Report of the Indian Hemp Drugs Commission, 1894-1895 - Volume VI
Year: 1894
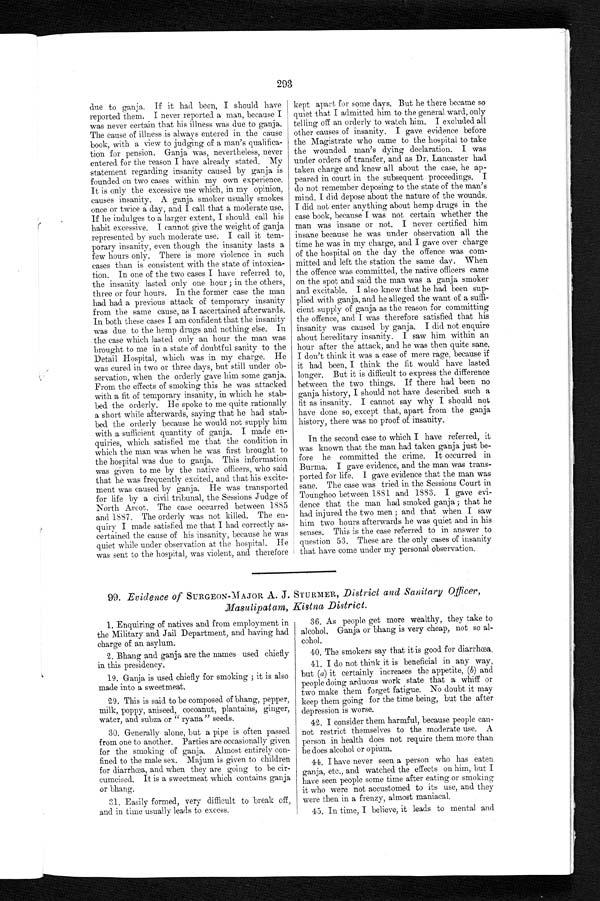
293
due to ganja. If it had been, I should have
reported them. I never reported a man, because I
was never certain that his illness was due to ganja.
The cause of illness is always entered in the cause
book, with a view to judging of a man's qualifica
- t i o n f o r p e n s i o n . G a n j a w a s , n e v e r t h e l e s s , n e v e r
entered for the reason I have already stated. My
statement regarding insanity caused by ganja is
founded on two cases within my own experience.
It is only the excessive use which, in my opinion,
causes insanity. A ganja smoker usually smokes
once or twice a day, and I call that a moderate use.
If he indulges to a larger extent, I should call his
habit excessive. I cannot give the weight of ganja
represented by such moderate use. I call it tem-
porary insanity, even though the insanity lasts a
few hours only. There is more violence in such
cases than is consistent with the state of intoxica-
-tion. In one of the two cases I have referred to,
the insanity lasted only one hour; in the others,
three or four hours. In the former case the man
had had a previous attack of temporary insanity
from the same cause, as I ascertained afterwards.
In both these cases I am confident that the insanity
was due to the hemp drugs and nothing else. In
the case which lasted only an hour the man was
brought to me in a state of doubtful sanity to the
Detail Hospital, which was in my charge. He
was cured in two or three days, but still under ob
-servation, when the orderly gave him some ganja.
From the effects of smoking this he was attacked
with a fit of temporary insanity, in which he stab
-bed the orderly. He spoke to me quite rationally
a short while afterwards, saying that he had stab--
bed the orderly because he would not supply him
with a sufficient quantity of ganja. I made en-
-quiries, which satisfied me that the condition in
which the man was when he was first brought to
the hospital was due to ganja. This information
was given to me by the native officers, who said
that he was frequently excited, and that his excite--
ment was caused by ganja. He was transported
for life by a civil tribunal, the Sessions Judge of
North Arcot. The case occurred between 1885
and 1887. The orderly was not killed. The en--
quiry I made satisfied me that I had correctly as--
certained the cause of his insanity, because he was
quiet while under observation at the hospital. He
was sent to the hospital, was violent, and therefore
kept apart for some days. But he there became so
quie a admitted him to the general wars, only
telling off an orderly to watch him. I excluded all
other causes of insanity. I gave evidence before
the Magistrate who came to the hospital to take
the wounded man's dying declaration. I was
under orders of transfer, and as Dr. Lancaster had
taken charge and knew all about the case, he ap--
peared in court in the subsequent proceedings. I
do not remember deposing to the state of the man's
mind. I did depose about the nature of the wounds.
I d i d n o t e n t e r a n y t h i n g a b o u t t h e h e m p d r u g s i n t h e c a s e b o o k , b e c a u s e I w a s n o t c e r t a i n w h e t h e r t h e
man was insane or not. I never certified him
insane because he was under observation all the
time he was in my charge, and I gave over charge
of the hospital on the day the offence was com
- m i t t e d a n d l e f t t h e s t a t i o n t h e s a m e d a y . W h e n
the offence was committed, the native officers came
on the spot and said the man was a ganja smoker
and excitable. I also knew that he had been sup--
plied with ganja, and he alleged the want of a suffi--
cient supply of ganja as the reason for committing
the offence, and I was therefore satisfied that his
insanity was caused by ganja. I did not enquire
about hereditary insanity. I saw him within an
hour after the attack, and he was then quite sane.
I don't think it was a case of mere rage, because if
it had been, I think the fit would have lasted
longer. But it is difficult to express the difference
between the two things. If there had been no
ganja history, I should not have described such a
fit as insanity. I cannot say why I should not
have done so, except that, apart from the ganja
history, there was no proof of insanity.
In the second case to which I have referred, it
was known that the man had taken ganja just be
-fore he committed the crime. It occurred in
Burma. I gave evidence, and the man was trans--
ported for life. I gave evidence that the man was
sane. The case was tried in the Sessions Court in
Tounghoo between 1881 and 1883. I gave evi--
dence that the man had smoked ganja; that he
had injured the two men; and that when I saw
him two hours afterwards he was quiet and in his
senses. This is the case referred to in answer to
question 53. These are the only cases of insanity
that have come under my personal observation.
99. Evidence of SURGEON-MAJOR A. J. STURMER, District and Sanitary Officer,
Masulipatam, Kistna District.
1. Enquiring of natives and from employment in
the Military and Jail Department, and having had
charge of an asylum.
2. Bhang and ganja are the names used chiefly
in this presidency.
19. Ganja is used chiefly for smoking; it is also
made into a sweetmeat.
29. This is said to be composed of bhang, pepper,
milk, poppy, aniseed, cocoanut, plantains, ginger,
water, and subza or "ryana" seeds.
30. Generally alone, but a pipe is often passed
'from one to another. Parties are occasionally given
for the smoking of ganja. Almost entirely con--
fined to the male sex. Majum is given to children
f o r _ d i a r r h œa , a n d wh e n t h e y a r e g o i n g t o h e
It is a sweetmeat which contains ganja-
or bhang.
31. Easily formed, very difficult to break off,
and in time usually leads to excess,
36. As people get more wealthy, they take to
alcohol. Ganja or bhang is very cheap, not so al
-cohol.
40. The smokers say that it is good for diarrhœa.
41. I do not think it is beneficial in any way,
but (a) it certainly increases the appetite, (b) and
people doing arduous work state that a whiff or
two make them forget fatigue. No doubt it may
keep them going for the time being, but the after
depression is worse.
42. I consider them harmful, because people can--
not restrict themselves to the moderate use. A
person in health does not require them more than
he does alcohol or opium.
44. I have never seen a person who has eaten
ganja, etc.,
and watched effects on him but I have seen people some time after eating or smoking
it who were not accustomed to its use, and they
were then in a frenzy, almost maniacal.
45. In time, I believe, it leads to mental and